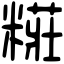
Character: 糚